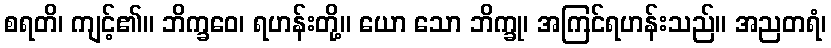
စရတိ၊ ကျင့်၏။ ဘိက္ခဝေ၊ ရဟန်းတို့။ ယော သော ဘိက္ခု၊ အကြင်ရဟန်းသည်။ အညတရံ၊